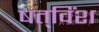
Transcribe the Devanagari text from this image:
षत्‌विंश